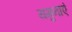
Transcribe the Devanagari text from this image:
यमुनाएं